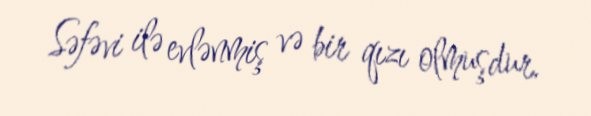
Səfəvi ilə evlənmiş və bir qızı olmuşdur.